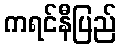
ကရင်နီပြည်